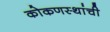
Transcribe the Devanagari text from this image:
कोकणस्थांची